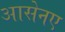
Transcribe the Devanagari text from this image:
आसेनए